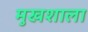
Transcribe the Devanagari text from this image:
मुखशाला